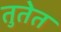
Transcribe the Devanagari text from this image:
तुतेत